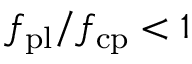
f _ { \mathrm { p l } } / f _ { \mathrm { c p } } < 1